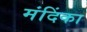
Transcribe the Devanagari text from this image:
मंदिंका